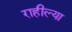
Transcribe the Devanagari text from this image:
राहील्या